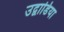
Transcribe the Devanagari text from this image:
उद्वाडिया